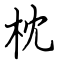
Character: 枕